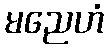
မညေဟံ